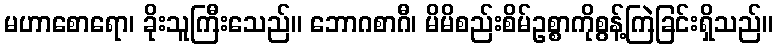
မဟာစောရော၊ ခိုးသူကြီးသေည်။ ဘောဂစာဂီ၊ မိမိစည်းစိမ်ဥစ္စာကိုစွန့်ကြဲခြင်းရှိသည်။